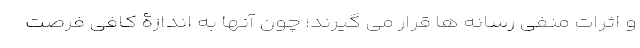
و اثرات منفی رسانه ها قرار می گیرند؛ چون آنها به اندازۀ کافی فرصت